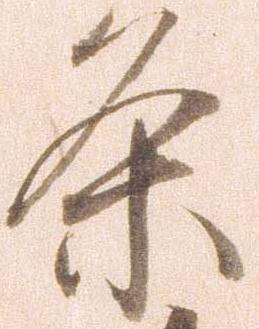
条